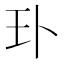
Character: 㺪